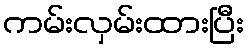
ကမ်းလှမ်းထားပြီး